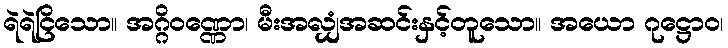
ရဲရဲငြိသော။ အဂ္ဂိဝဏ္ဏော၊ မီးအလျှံအဆင်းနှင့်တူသော။ အယော ဂုဋ္ဌောဝ၊